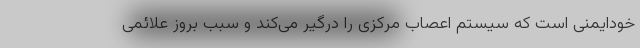
خودایمنی است که سیستم اعصاب مرکزی را درگیر می‌کند و سبب بروز علائمی